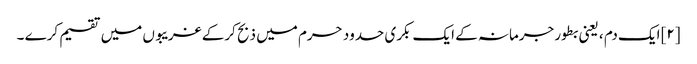
[۲] ایک دم ، یعنی بطور جرمانہ کے ایک بکری حدود حرم میں ذبح کرکے غریبوں میں تقسیم کرے ۔